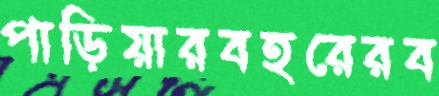
পাড়িয়ারবহরেরব